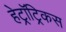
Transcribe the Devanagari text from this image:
हेट्रॉट्रिकस